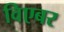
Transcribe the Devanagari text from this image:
विएबर